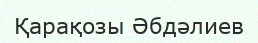
Қарақозы Әбдәлиев